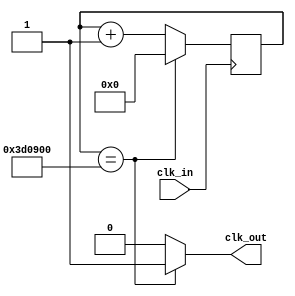
`timescale 1ns / 1ps
//////////////////////////////////////////////////////////////////////////////////
// Company: 
// Engineer: 
// 
// Design Name: 
// Module Name: divide_25Hz
// Project Name: 
// Target Devices: 
// Tool Versions: 
// Description: 
// 
// Dependencies: 
// 
// Revision:
// Revision 0.01 - File Created
// Additional Comments:
// 
//////////////////////////////////////////////////////////////////////////////////


module divide_25Hz(
    input clk_in,
    output clk_out
    );
    reg elapsed;
    reg [21:0] state;
    
    always @(posedge clk_in)
        if (state == 4000000) state <= 0;
        else state <= state + 1;
    always @(state)
        if (state == 4000000) elapsed <= 1;
        else elapsed <= 0;
        
    assign clk_out = elapsed;
endmodule